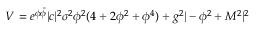
V = e ^ { \phi \bar { \phi } } | c | ^ { 2 } \sigma ^ { 2 } \phi ^ { 2 } ( 4 + 2 \phi ^ { 2 } + \phi ^ { 4 } ) + g ^ { 2 } | - \phi ^ { 2 } + M ^ { 2 } | ^ { 2 }